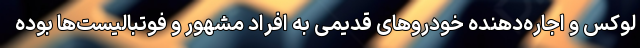
لوکس و اجاره‌دهنده خودروهای قدیمی به افراد مشهور و فوتبالیست‌ها بوده